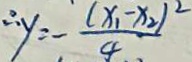
\therefore y = - \frac { ( x _ { 1 } - x _ { 2 } ) ^ { 2 } } { 4 }